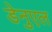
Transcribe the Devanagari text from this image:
डेनुएल